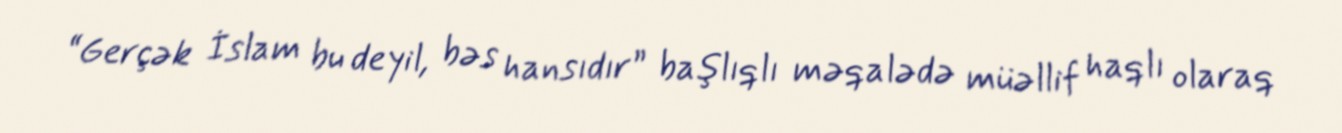
“Gerçək İslam bu deyil, bəs hansıdır” başlıqlı məqalədə müəllif haqlı olaraq